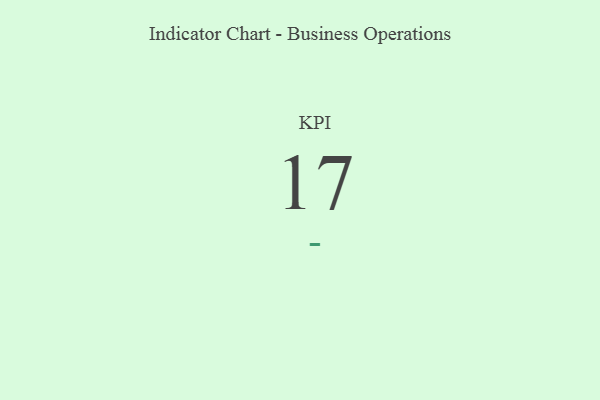
{"axis": {"x": "KPI", "y": "Value"}, "legend": [""], "data": [{"x": "KPI", "y": 17, "type": ""}]}